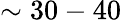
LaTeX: \sim 30-40